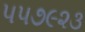
૫૫૭૯૨૩